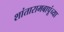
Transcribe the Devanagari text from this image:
शांतारामबापूंच्या